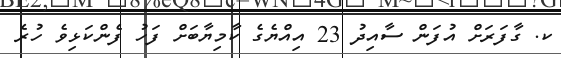
ކ. ގާފަރަށް އުފަން ސާއިދު 23 އިއްޔެގެ ކާމިޔާބަށް ފަހު ފެންކަޅިވެ ހުރެ